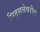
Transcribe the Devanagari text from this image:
पितृसत्तेवरील